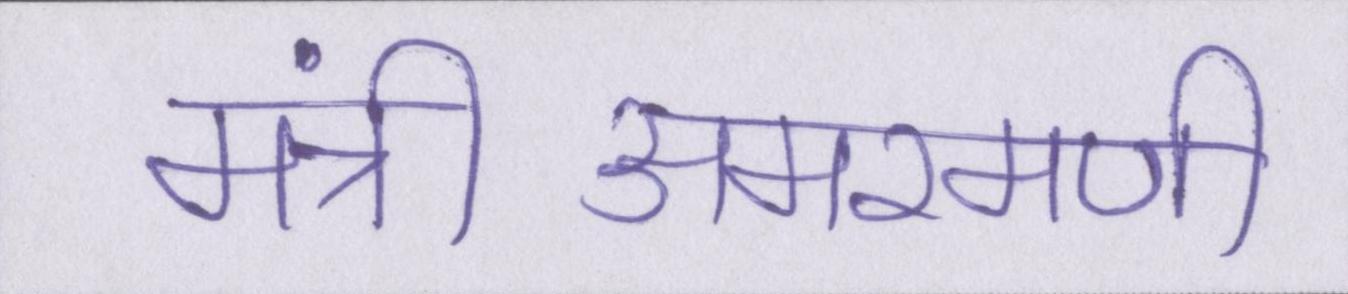
मंत्रीअमरमणी